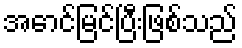
အောင်မြင်ပြီးဖြစ်သည်